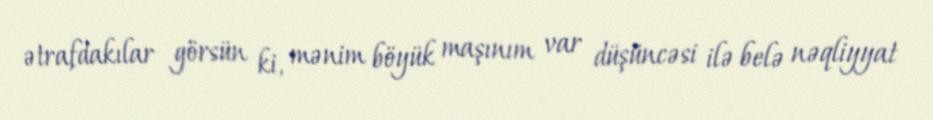
ətrafdakılar görsün ki, mənim böyük maşınım var düşüncəsi ilə belə nəqliyyat